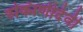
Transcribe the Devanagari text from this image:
रुक्मिणीदेवी